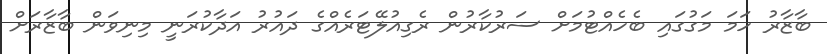
ބާޒާރު ހަމަ މަގުގައި ބެހެއްޓުމަށް ސަރުކާރުން ރެގިއުލޭޓަރެއްގެ ދައުރު އަދާކުރަނީ މިނިވަން ބާޒާރަށް